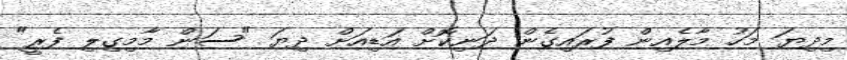
މިދިޔަ މަހު މާލެއިން ފުރައިގެން ދަނިކޮށް އަޑިއަށް ދިޔަ "ސަން މާމިގިލި ފެރީ"